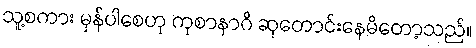
သူ့စကား မှန်ပါစေဟု ကုစာနာဂိ ဆုတောင်းနေမိတော့သည်။